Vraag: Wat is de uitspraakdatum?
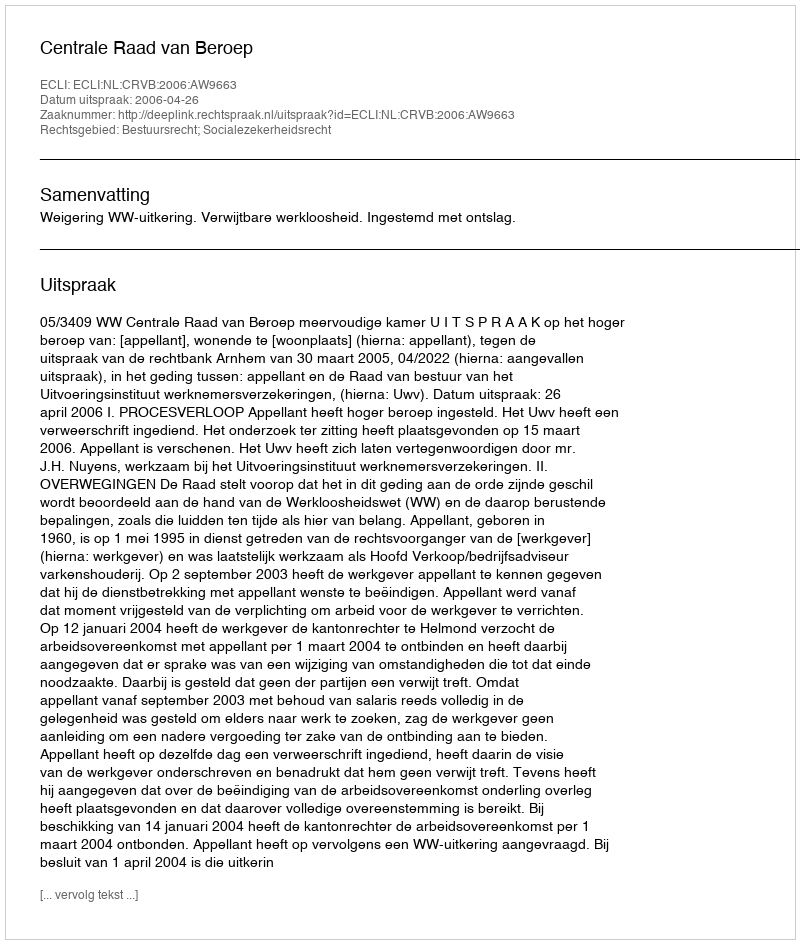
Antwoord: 2006-04-26